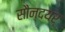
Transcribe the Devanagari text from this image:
सौन्दयर्